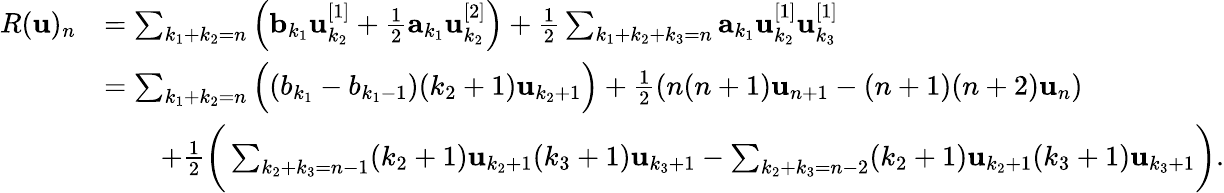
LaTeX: \begin{array}{rl}{R(\mathbf{u})_{n}}&{=\sum_{k_{1}+k_{2}=n}\Big(\mathbf b_{k_{1}}\mathbf u_{k_{2}}^{[1]}+\frac 12\mathbf a_{k_{1}}\mathbf u_{k_{2}}^{[2]}\Big)+\frac 12\sum_{k_{1}+k_{2}+k_{3}=n}\mathbf a_{k_{1}}\mathbf u_{k_{2}}^{[1]}\mathbf u_{k_{3}}^{[1]}}\\ &{=\sum_{k_{1}+k_{2}=n}\Big((b_{k_{1}}-b_{k_{1}-1})(k_{2}+1)\mathbf u_{k_{2}+1}\Big)+\frac 12(n(n+1)\mathbf u_{n+1}-(n+1)(n+2)\mathbf u_{n})}\\ &{\qquad+\frac 12\bigg(\sum_{k_{2}+k_{3}=n-1}(k_{2}+1)\mathbf u_{k_{2}+1}(k_{3}+1)\mathbf u_{k_{3}+1}-\sum_{k_{2}+k_{3}=n-2}(k_{2}+1)\mathbf u_{k_{2}+1}(k_{3}+1)\mathbf u_{k_{3}+1}\bigg).}\end{array}